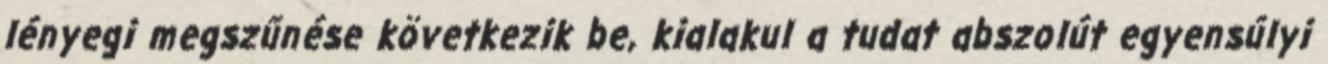
lényegi megszűnése következik be, kialakul a tudat abszolút egyensúlyi